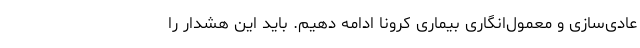
عادی‌سازی و معمول‌انگاری بیماری کرونا ادامه دهیم. باید این هشدار را